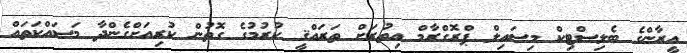
އީރާންގެ ބެލިސްޓިކް މިސައިލް ޕްރޮގްރާމް އިތުރަށް ތަރައްޤީ ކުރުމުގެ ގޮތުން ކުރިއަށްގެންދާ މަސައްކަތައް